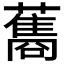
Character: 𮒣